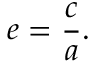
e = { \frac { c } { a } } .